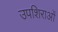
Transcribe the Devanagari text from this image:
उपशिराओं